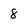
Character: 8